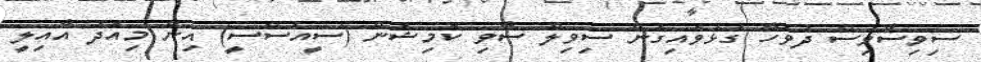
ސިވިސާވިސް ދުވަހާ ގުޅުވައިގެން ސިވިލް ސާވި ކޮމިޝަން (ސީއެސްސީ) އިން މިއަދު އާއިލީ